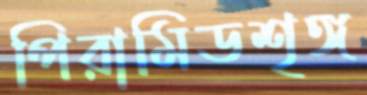
পিরামিডশৃঙ্গ